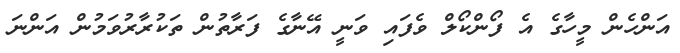
އަންހެން މީހާގެ އެ ފޯންކޯލް ވެފައި ވަނީ އޭނާގެ ފަރާތުން ތަކުރާރުވަމުން އަންނަ